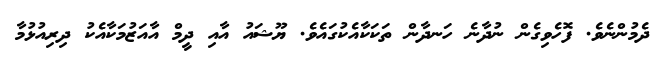
ދެމުންނެވެ. ފޮހެވިގެން ނުދާނެ ހަނދާން ތަކަކާއެކުގައެވެ. ޔޫޝައު އާއި ދީމް އާއަޒުމަކާއެކު ދިރިއުޅުމާ